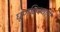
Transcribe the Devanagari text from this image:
घूणक्षिस्थापी